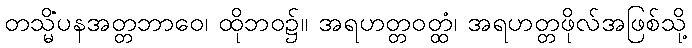
တသ္မိံပနအတ္တဘာဝေ၊ ထိုဘဝ၌။ အရဟတ္တဝတ္ထံ၊ အရဟတ္တဖိုလ်အဖြစ်သို့